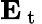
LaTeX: \mathbf{E}_{\mathrm{~t~}}